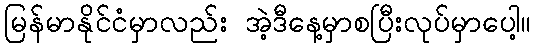
မြန်မာနိုင်ငံမှာလည်း အဲ့ဒီနေ့မှာစပြီးလုပ်မှာပေါ့။